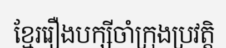
ខ្មែររឿងបក្សីចាំក្រុងប្រវត្តិ